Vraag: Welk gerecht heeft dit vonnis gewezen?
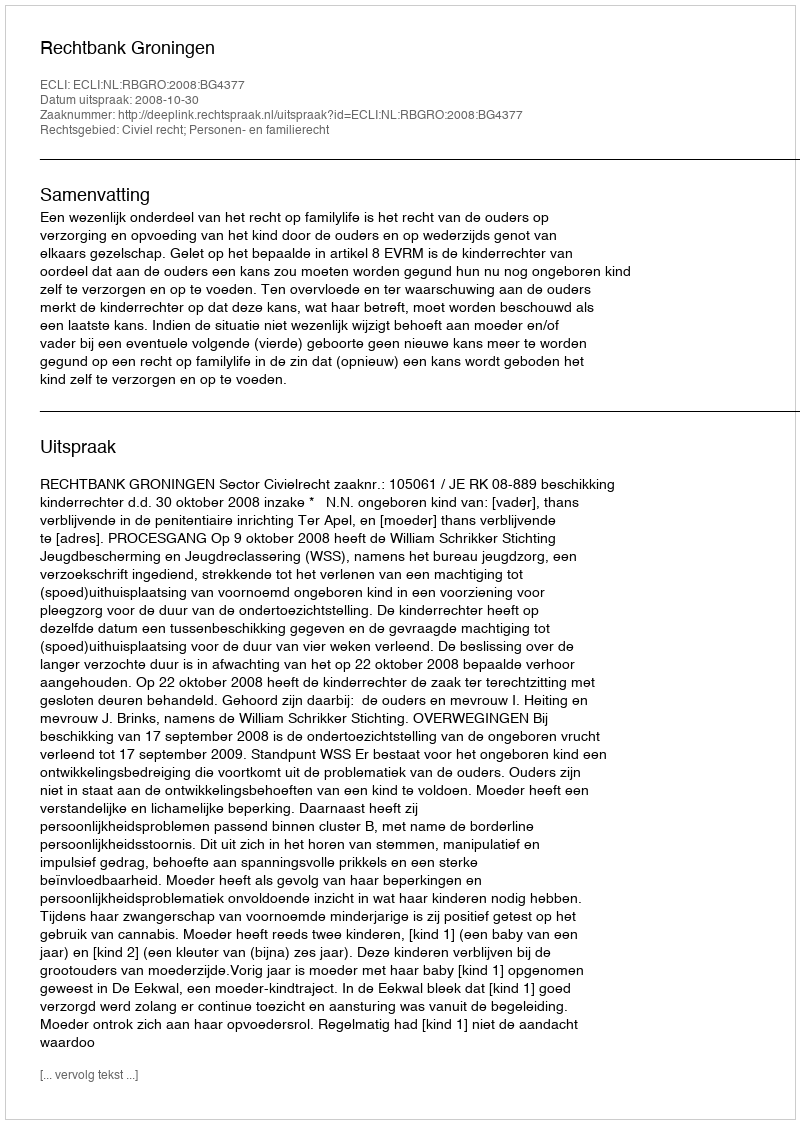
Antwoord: Rechtbank Groningen